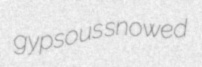
gypsous snowed